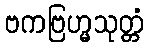
ဗကဗြဟ္မသုတ္တံ